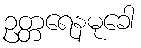
ဥတ္တရေနမုခေါ